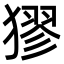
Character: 㺒